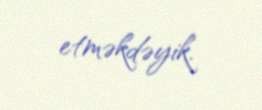
etməkdəyik.